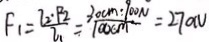
F _ { 1 } = \frac { I _ { 2 } \cdot P _ { 2 } } { I _ { 1 } } = \frac { 3 0 c m \cdot 9 0 N } { 1 0 0 c m } = 2 7 0 0 N